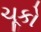
ચૂકો